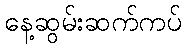
နေ့ဆွမ်းဆက်ကပ်